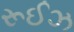
રૂઈઝ